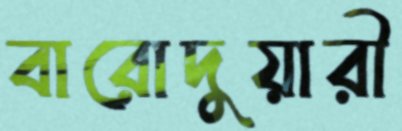
বারোদুয়ারী